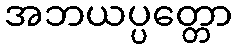
အဘယပ္ပတ္တော